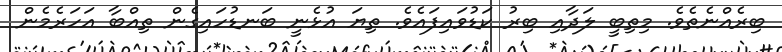
ބިރެއްނެތެވެ. މިތިބީ ލަދާއި ބިރު ކަޑުވައިފައެވެ. ތިޔަ އުޅެނީ ބަނޑުހައިގެން ތިއްބާ އަހަރެމެން